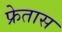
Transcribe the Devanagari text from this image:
फ्रेतास